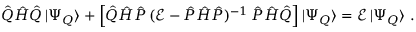
\hat { Q } \hat { H } \hat { Q } \, | \Psi _ { Q } \rangle + \Big [ \hat { Q } \hat { H } \hat { P } \, ( \mathcal { E } - \hat { P } \hat { H } \hat { P } ) ^ { - 1 } \, \hat { P } \hat { H } \hat { Q } \Big ] \, | \Psi _ { Q } \rangle = \mathcal { E } \, | \Psi _ { Q } \rangle ~ .